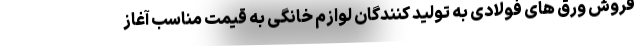
فروش ورق های فولادی به تولید کنندگان لوازم خانگی به قیمت مناسب آغاز